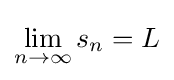
\lim _{n\to \infty }s_{n}=L